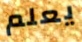
يعلم